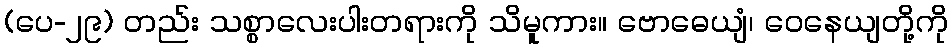
(ပေ-၂၉) တည်း သစ္စာလေးပါးတရားကို သိမူကား။ ဗောဓေယျံ၊ ဝေနေယျတို့ကို